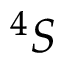
^ { 4 } S